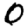
Digit: 0